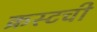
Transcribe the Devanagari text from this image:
क्रस्टची